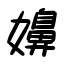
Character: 嬶